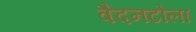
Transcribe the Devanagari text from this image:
वैदनटोला